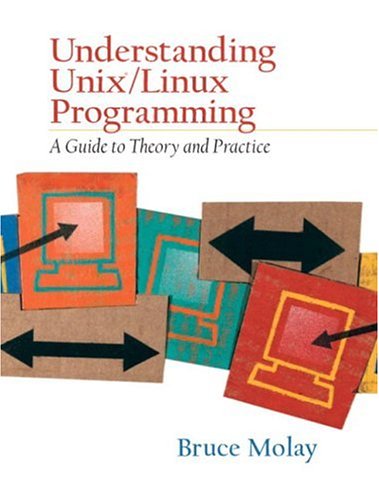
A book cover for Understanding UNIX/LINUX  Programming: A Guide to Theory and Practice; Bruce Molay; Computers & Technology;